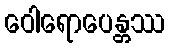
ဝေါရောပေန္တဿ